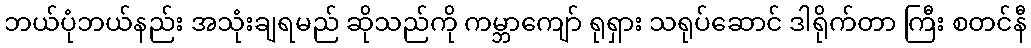
ဘယ်ပုံဘယ်နည်း အသုံးချရမည် ဆိုသည်ကို ကမ္ဘာကျော် ရုရှား သရုပ်ဆောင် ဒါရိုက်တာ ကြီး စတင်နီ